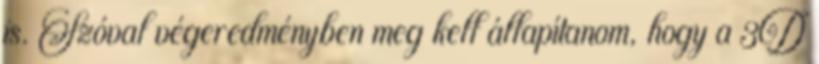
is. Szóval végeredményben meg kell állapítanom, hogy a 3D